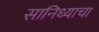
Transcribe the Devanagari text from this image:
सानिध्याचा